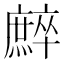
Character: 𢋳